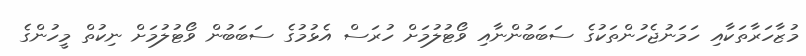
މުޒާހަރާތަކާއި ހަމަނުޖެހުންތަކުގެ ސަބަބުންނާއި ވޯޓުލުމަށް ހުރަސް އެޅުމުގެ ސަބަބުން ވޯޓުލުމަށް ނިކުތް މީހުންގެ